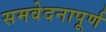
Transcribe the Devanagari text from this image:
समवेदनापूर्ण